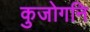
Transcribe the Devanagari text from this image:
कुजोगनि